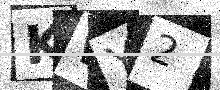
Text: KWY2